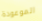
الموعودة